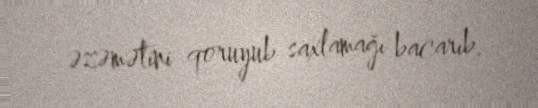
əzəmətini qoruyub saxlamağı bacarıb.